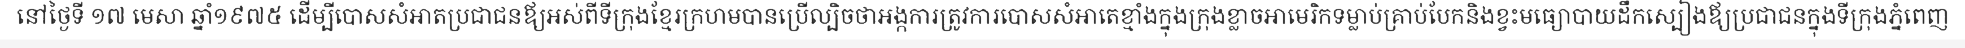
នៅថ្ងៃទី ១៧ មេសា ឆ្នាំ១៩៧៥ ដើម្បីបោសសំអាតប្រជាជនឪ្យអស់ពីទីក្រុងខ្មែរក្រហមបានប្រើល្បិចថាអង្កការត្រូវការបោសសំអាតេខ្មាំងក្នុងក្រុងខ្លាចអាមេរិកទម្លាប់គ្រាប់បែកនិងខ្វះមធ្យោបាយដឹកស្បៀងឪ្យប្រជាជនក្នុងទីក្រុងភ្នំពេញ